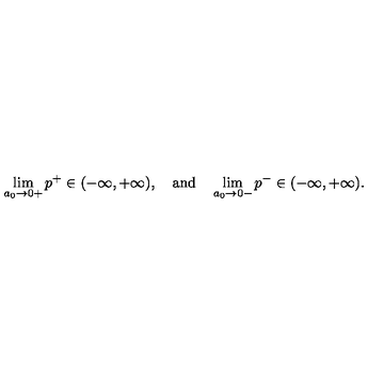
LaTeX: \lim _ { a _ { 0 } \to 0 + } p ^ { + } \in ( - \infty , + \infty ) , \quad \mathrm { a n d } \quad \lim _ { a _ { 0 } \to 0 - } p ^ { - } \in ( - \infty , + \infty ) .